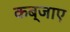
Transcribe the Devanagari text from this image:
कब्जाए